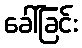
ခေါ်ခြင်း